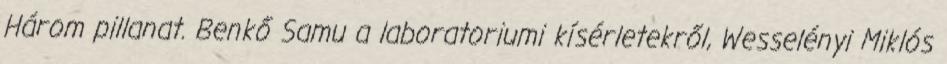
Három pillanat. Benkő Samu a laboratoriumi kísérletekről, Wesselényi Miklós